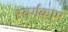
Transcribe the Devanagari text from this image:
स्वर्गकाम